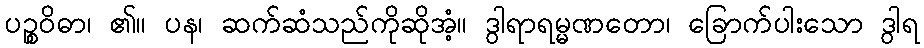
ပဉ္စဝိဓာ၊ ၏။ ပန၊ ဆက်ဆံသည်ကိုဆိုအံ့။ ဒွါရာရမ္မဏတော၊ ခြောက်ပါးသော ဒွါရ